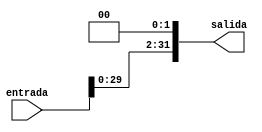
module ShiftLeft(
input [31:0] entrada,
output reg [31:0] salida
);

assign salida=entrada<<2;

endmodule